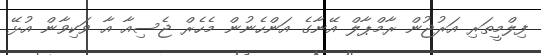
ފިލްމީތަރި އަރުޖުން ރާމްޕާލް އޭނާގެ އަންހެނުން މެހެރް ޖެސިއާ އާ ވަކިވާން އުޅޭ